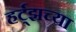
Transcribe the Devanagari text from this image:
हर्ट्‌झच्या